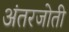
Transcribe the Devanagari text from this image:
अंतरजोती